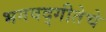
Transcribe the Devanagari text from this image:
भगवद्‌गीतेचे